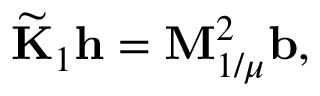
\widetilde { \mathbf { K } } _ { 1 } \mathbf { h } = \mathbf { M } _ { 1 / \mu } ^ { 2 } \mathbf { b } ,